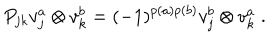
LaTeX: P _ { j k } v _ { j } ^ { a } \otimes v _ { k } ^ { b } = ( - 1 ) ^ { p ( a ) p ( b ) } v _ { j } ^ { b } \otimes v _ { k } ^ { a } \; .